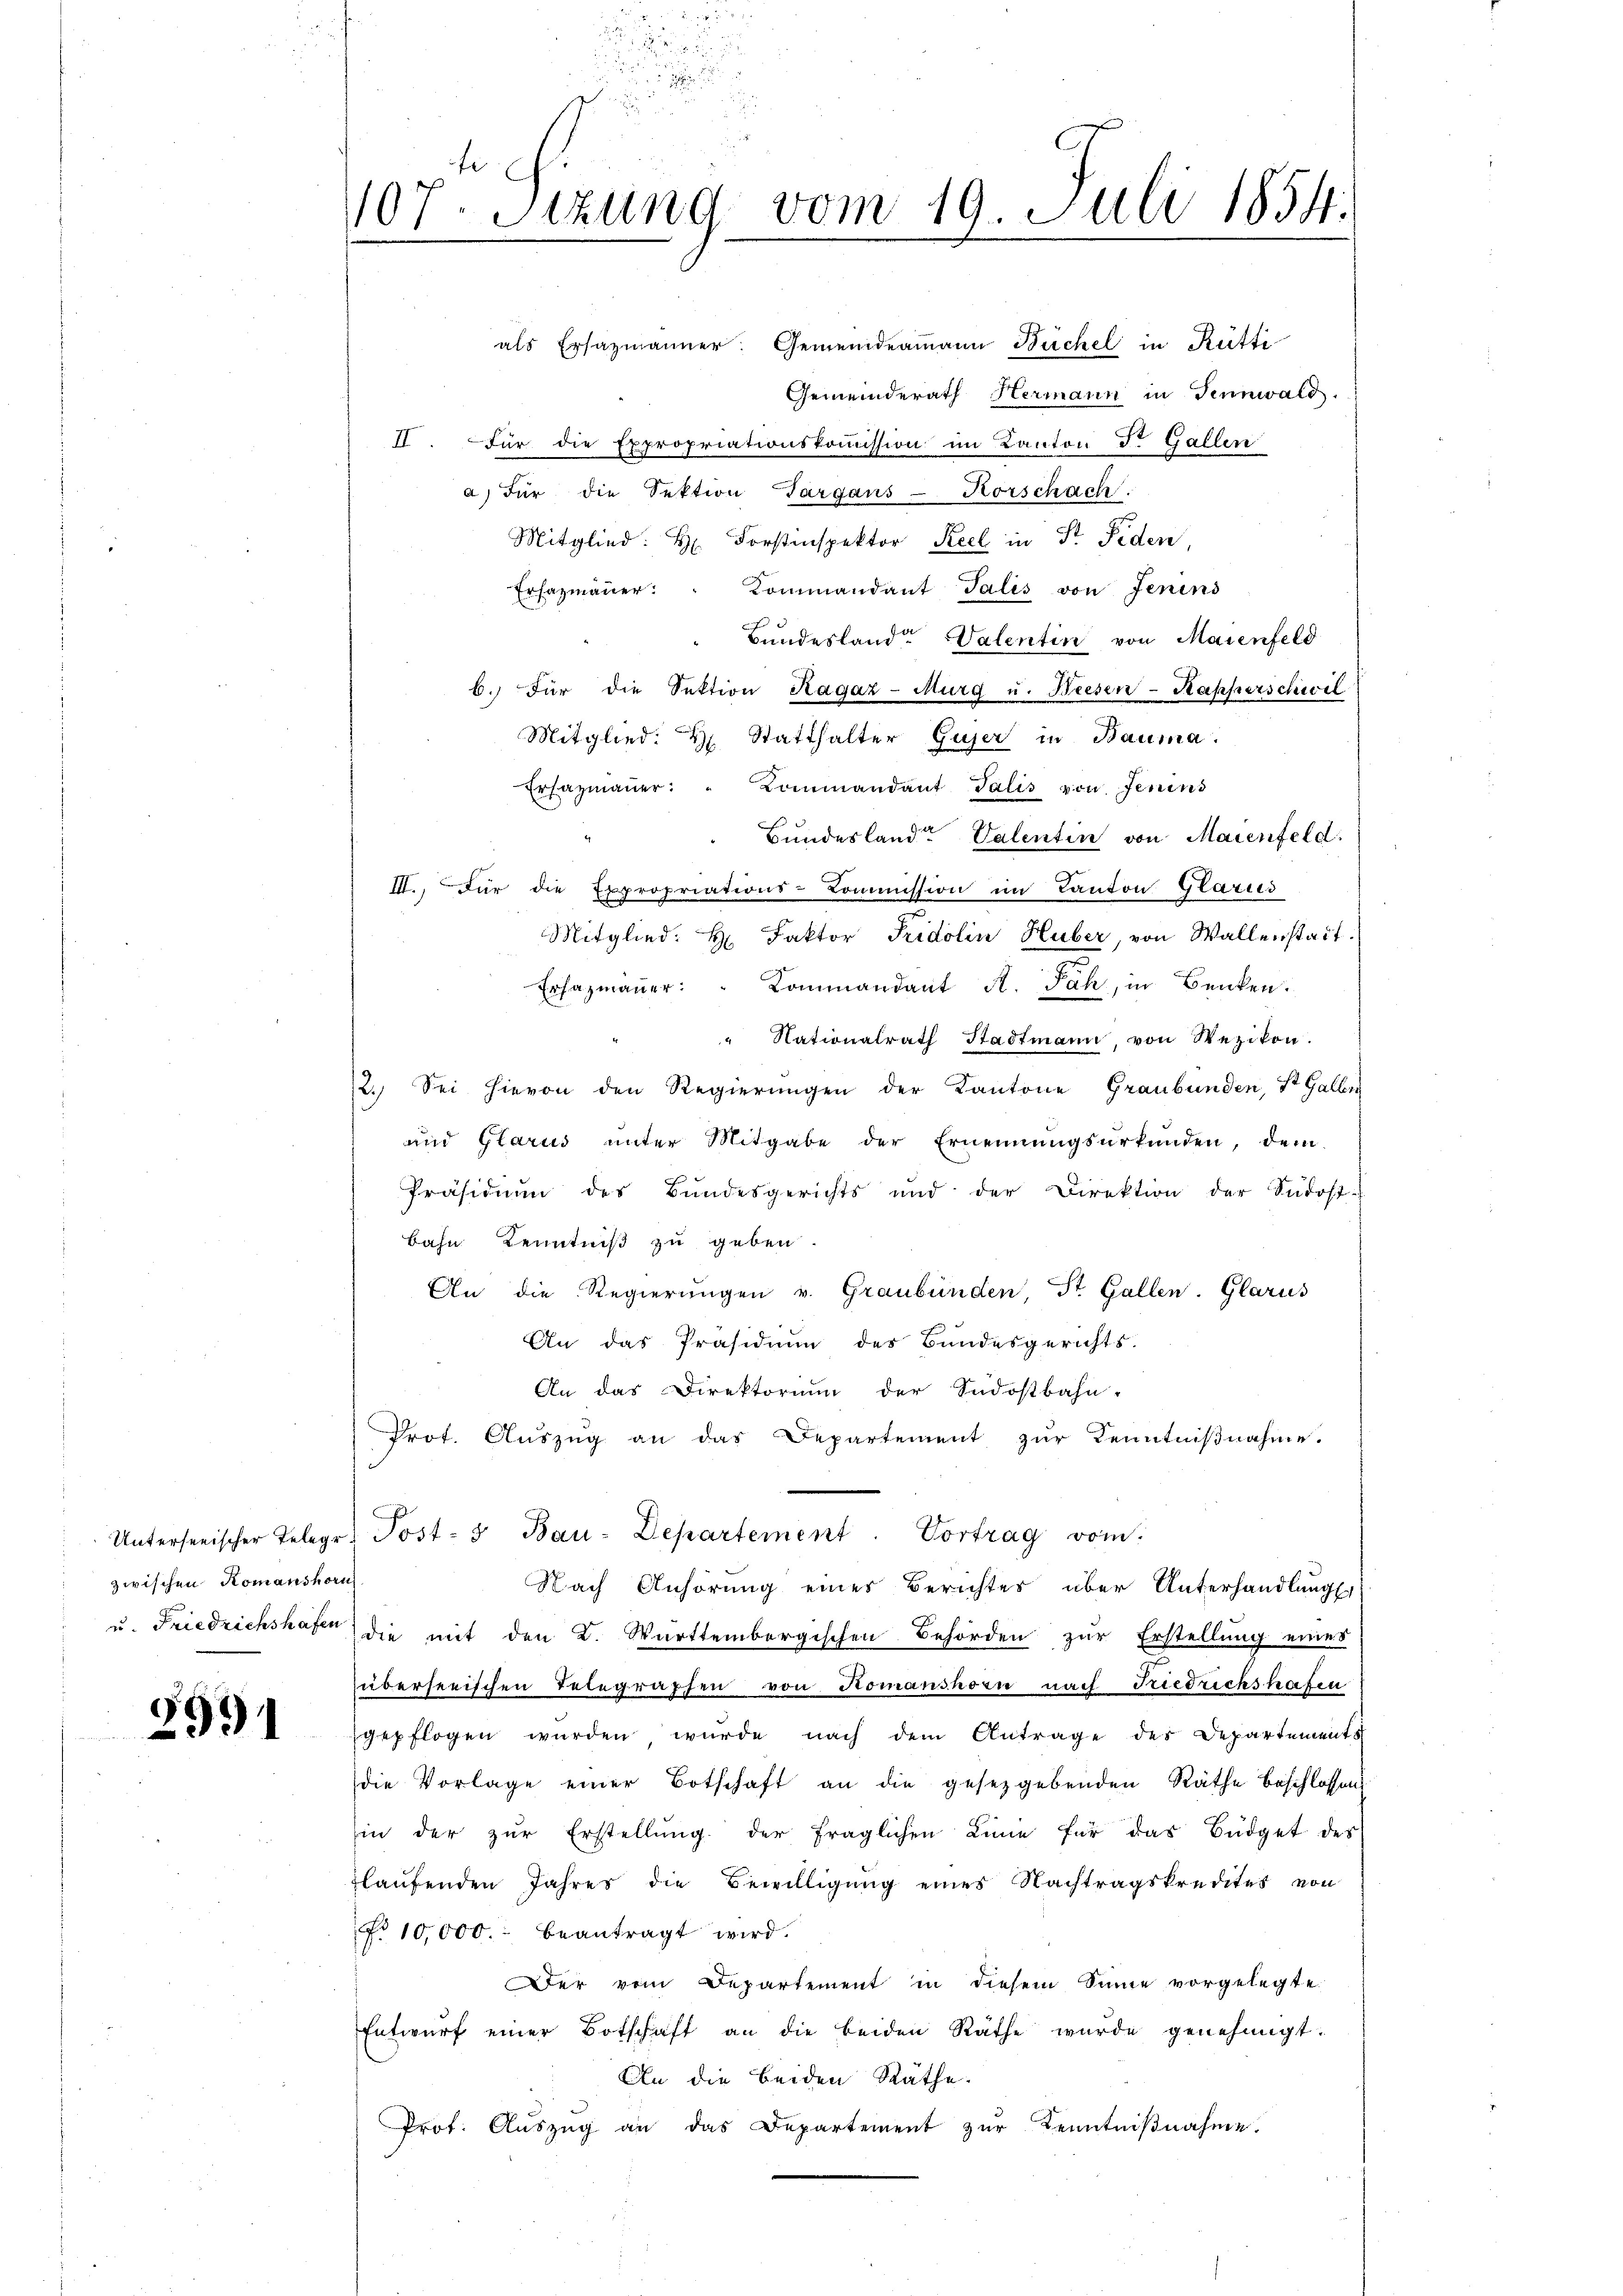
zwischen Romanshorn

d
991

1107. Sizung vom 19. Juli 1854.

d
u

als Ersatzmänner: Gemeindeamann Büchel in Rütti
Gemeinderath Hermann in Tennwald.
II. Für die Expropriationskommission im Kanton Dr. Gallen
a) Für die Sektion Targaus- Horschach
Mitglied: H. Forstinspektor Keel in Fr. Fiden,
Ersazmaŭer: " Kommandant Talis von Jenins
Bundestande Valentin von Maienfeld
b. Für die Sektion Ragaz-Murg u. Biesen-Kapperschwil
Mitglied. H. Statthalter Gujer in Bauma.
Ersazmaŭer: " Kommandant Talis von Jenins
Bundeslande Valentin von Maienfeld.
III., für die Expropriations-Commission im Kanton Glarus
Mitglied: H. Faktor Fridolin Huber, von Wallenstadt.
Erhazmaṅer: " Commandant A. Jah, in Benken.
" Nationalrath Stadtmann, von Wezikon.
2. Sei hievon den Regierungen der Kantone Graubünden, St. Galler
und Glarus unter Mitgabe der Ernennungsurkunden, dem
Präsidium des Bundesgerichts und der Direktion der Südost
Bahn Kenntniß zu geben
An die Regierŭngen v. Graubünden, St. Gallen. Glarus
An das Präsidium des Bundesgerichts-
An das Direktorium der Südostbahn-
Prot. Aŭszŭg an das Departement zur Kenntnißnahme.
Unterseeischer Telegr. Post- & Bau-Departement. Vortrag vom
Nach Anhörung eines Berichtes über Unterhandlungs
u. Friedrichshafte die mit den K. Württembergischen Behörden zŭr Erstellung eines
überserischen Telegraphen von Romanshorn nach Friedrichshafen
gepflogen würden wurde nach dem Antrage des Departements
die Vorlage einer Botschaft an die gesetzgebenden Räthe beschlossen
in der zŭr Erstellŭng der fraglichen Linie für das Büdget des
laŭfenden Jahres die Bewilligŭng eines Nachtragskredites von
No 10,000. beantragt wird.
Der vom Departement in diesem Sinne vorgelegte
Entwŭrf einer Botschaft an die beiden Räthe wurde genehmigt.
An die beiden Räthe.
Prof. Aŭszŭg an das Departement zŭr Kenntniβnahme.